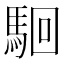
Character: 𩢱